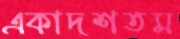
একাদশতম